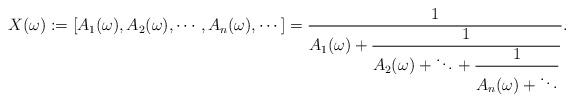
LaTeX: \begin{align*}X(\omega) := [A_1(\omega),A_2(\omega), \cdots, A_n(\omega),\cdots]=\dfrac{1}{A_1(\omega) +\dfrac{1}{A_2(\omega) + \ddots +\dfrac{1}{A_n(\omega)+ \ddots}}}.\end{align*}